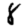
Digit: 8